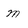
Character: m